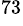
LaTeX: ^{73}